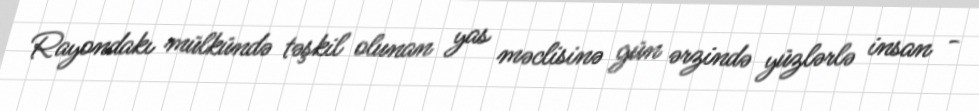
Rayondakı mülkündə təşkil olunan yas məclisinə gün ərzində yüzlərlə insan -